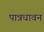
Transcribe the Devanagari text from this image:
पात्रधावन